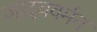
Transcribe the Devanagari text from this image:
जादववर्मन